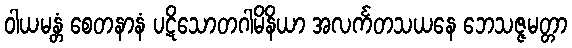
ဝါယမန္တံ စေတနာနံ ပဋိသောတဂါမိနိယာ အလင်္ကတသယနေ ဘေသဇ္ဇမတ္တာ